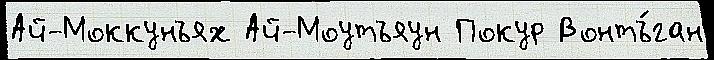
Ай-Моккунъях Ай-Моутъяун Покур Вонтъ́ган